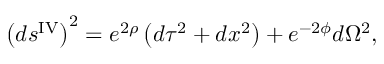
\left( d s ^ { \mathrm { I V } } \right) ^ { 2 } = e ^ { 2 \rho } \left( d \tau ^ { 2 } + d x ^ { 2 } \right) + e ^ { - 2 \phi } d \Omega ^ { 2 } ,